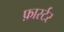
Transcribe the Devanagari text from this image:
फ़ार्स्टर